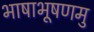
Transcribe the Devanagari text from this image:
भाषाभूषणमु